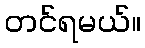
တင်ရမယ်။